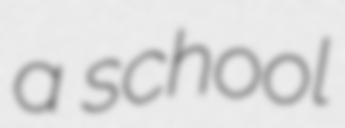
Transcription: a school